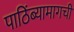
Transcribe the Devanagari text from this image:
पाठिंब्यामागची